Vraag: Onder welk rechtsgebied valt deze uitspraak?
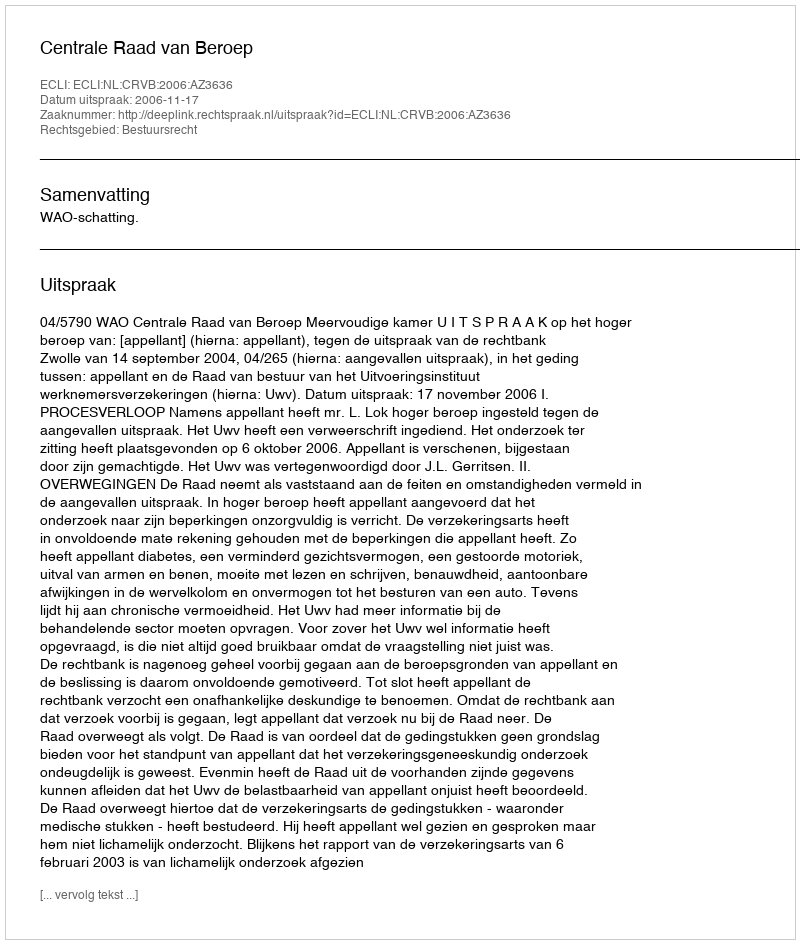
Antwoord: Bestuursrecht